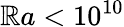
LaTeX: \mathbb{R}a<10^{10}